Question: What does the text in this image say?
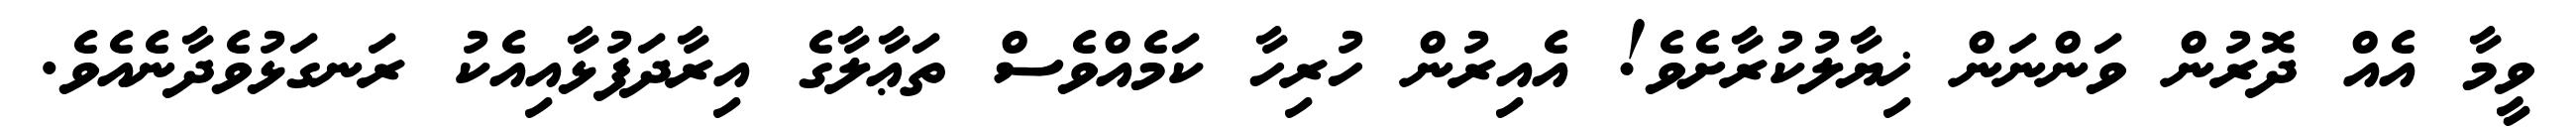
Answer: ވީމާ އެއް ދޮރުން ވަންނަން ޚިޔާލުކުރާށެވެ! އެއިރުން ހުރިހާ ކަމެއްވެސް ތަޢާލާގެ އިރާދަފުޅާއިއެކު ރަނގަޅުވެދާނެއެވެ.